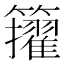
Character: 𥷘